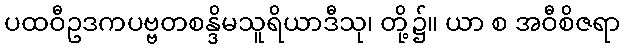
ပထဝီဥဒကပဗ္ဗတစန္ဒိမသူရိယာဒီသု၊ တို့၌။ ယာ စ အဝီစိဇရာ